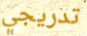
تدريجي